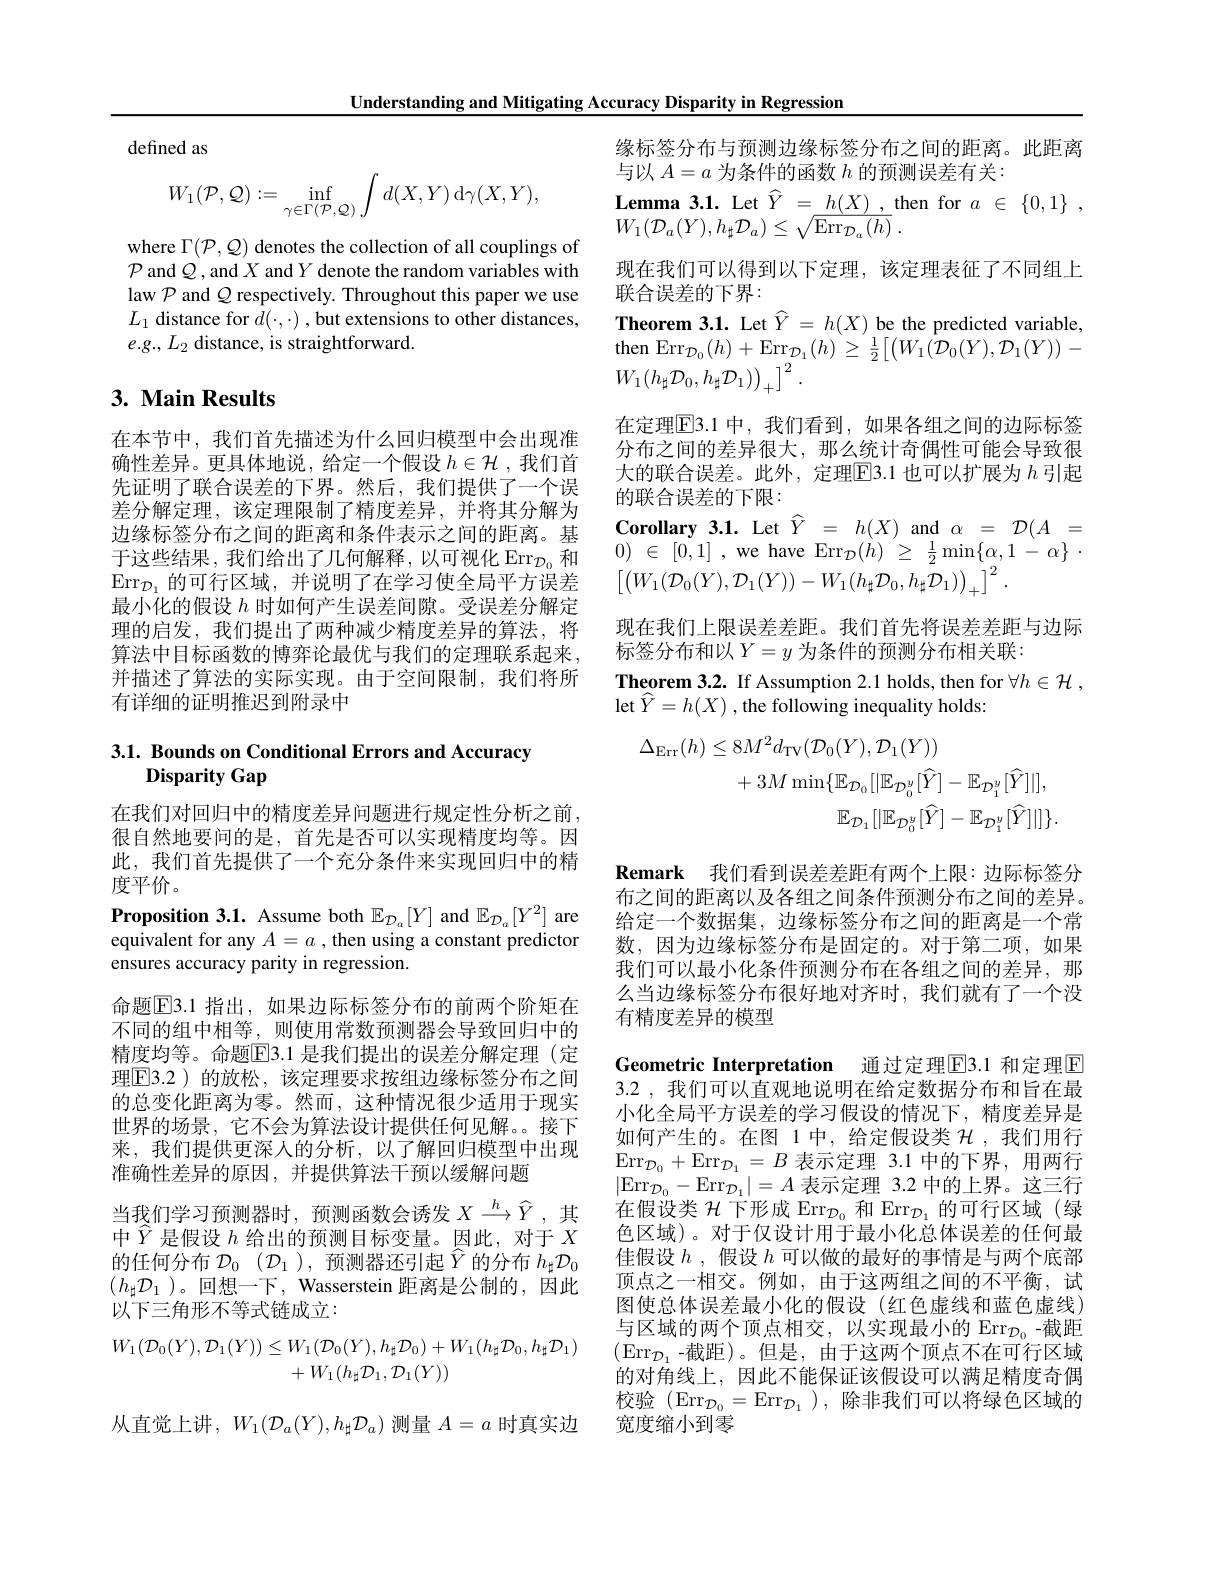
Understanding and Mitigating Accuracy Disparity in Regression

defined as
$$W_{1}(\mathcal{P},\mathcal{Q}):=\inf_{\gamma\in\Gamma(\mathcal{P},\mathcal{Q})}\int d(X,Y)\:\mathrm{d}\gamma(X,Y),$$
where $\Gamma(\mathcal{P},\mathcal{Q})$ denotes the collection of all couplings of $\mathcal{P}$ and $\mathcal{Q}$,and $X$ and $Y$ denote the random variables with law $\mathcal{P}$ and $\mathcal{Q}$ respectively. Throughout this paper we use $L_{1}$ distance for $d(\cdot,\cdot)$ , but extensions to other distances, $e.g.,L_2$ distance, is straightforward.

## 3. Main Results

在本节中，我们首先描述为什么回归模型中会出现准确性差异。更具体地说，给定一个假设$h\in\mathcal{H}$ ,我们首先证明了联合误差的下界。然后，我们提供了一个误差分解定理，该定理限制了精度差异，并将其分解为边缘标签分布之间的距离和条件表示之间的距离。基于这些结果，我们给出了几何解释，以可视化 Err$_{\mathcal{D}_0}$和$\mathrm{Err}_{\mathcal{D}_1}$的可行区域，并说明了在学习使全局平方误差最小化的假设$h$时如何产生误差间隙。受误差分解定理的启发，我们提出了两种减少精度差异的算法，将算法中目标函数的博弈论最优与我们的定理联系起来， 并描述了算法的实际实现。由于空间限制，我们将所有详细的证明推迟到附录中

# 3.1. Bounds on Conditional Errors and Accuracy Disparity Gap

在我们对回归中的精度差异问题进行规定性分析之前， 很自然地要问的是，首先是否可以实现精度均等。因此，我们首先提供了一个充分条件来实现回归中的精度平价。

Proposition 3.1. Assume both $\mathbb{E}_{\mathcal{D}_a}[Y]$ and $\mathbb{E}_{\mathcal{D}_a}[Y^2]$ are

equivalent for any $A=a$ , then using a constant predictor
ensures accuracy parity in regression.

命题$\overline{\mathrm{E}}$3.1 指出，如果边际标签分布的前两个阶矩在不同的组中相等，则使用常数预测器会导致回归中的精度均等。命题$\boxed{\mathrm{F}}3.1$ 是我们提出的误差分解定理(定理$\boxed{\mathrm{F3.2}}$)的放松，该定理要求按组边缘标签分布之间的总变化距离为零。然而，这种情况很少适用于现实世界的场景，它不会为算法设计提供任何见解。接下来，我们提供更深人的分析，以了解回归模型中出现准确性差异的原因，并提供算法干预以缓解问题
当我们学习预测器时，预测函数会诱发$X\xrightarrow{h}\hat{Y}$,其中$\hat{Y}$是假设$h$给出的预测目标变量。因此，对于$X$ 的任何分布$\mathcal{D} _0$ $( \mathcal{D} _1) $,预测器还引起$\widehat{Y}$的分布$h_\sharp\mathcal{D}_0$ $(h_\sharp\mathcal{D}_1$ )。回想一下，Wasserstein 距离是公制的，因此以下三角形不等式链成立：
$$\begin{aligned}W_1(\mathcal{D}_0(Y),\mathcal{D}_1(Y))&\leq W_1(\mathcal{D}_0(Y),h_\sharp\mathcal{D}_0)+W_1(h_\sharp\mathcal{D}_0,h_\sharp\mathcal{D}_1)\\&+W_1(h_\sharp\mathcal{D}_1,\mathcal{D}_1(Y))\end{aligned}$$
从直觉上讲，$W_1(\mathcal{D}_a(Y),h_\sharp\mathcal{D}_a)$测量$A=a$ 时真实边

$\begin{array}{l}{\mathbf{Lemma~3.1.~Let~}\hat{Y}~=~h(X)~,~\mathrm{then~for~}~a~\in~\{0,1\}~,}\\{W_1(\mathcal{D}_a(Y),h_\sharp\mathcal{D}_a)\leq\sqrt{\mathrm{Err}_{\mathcal{D}_a}(h)}~.}\end{array}$

缘标签分布与预测边缘标签分布之间的距离。此距离
与以$A=a$为条件的函数$h$的预测误差有关：
现在我们可以得到以下定理，该定理表征了不同组上
联合误差的下界：
Theorem 3.1. Let $\widehat{Y}=h(X)$ be the predicted variable, $\mathrm{then~Err}_{\mathcal{D}_{0}}(h)+\mathrm{Err}_{\mathcal{D}_{1}}(h)\geq\frac{1}{2}\bigl[\bigl(W_{1}(\tilde{\mathcal D}_{0}(Y),\mathcal{D}_{1}(Y)\bigr)-\bigr]$ $W_1(h_\sharp\mathcal{D}_0,h_\sharp\mathcal{D}_1)\Big)_+\Big]^2.$
在定理$\overline{\mathrm{E}}$3.1 中，我们看到，如果各组之间的边际标签分布之间的差异很大，那么统计奇偶性可能会导致很大的联合误差。此外，定理$\boxed{\mathrm{E}}3.1$也可以扩展为$h$引起的联合误差的下限：
$\begin{array}{rcl}\textbf{Corollary 3.1. Let}\begin{array}{rcl}{\widehat{Y}}&{=}&{h(X)}&{\mathrm{and}}&{\alpha}&{=}\\{0)}&{\in[0,1]}\end{array}\\\begin{array}{rcl}{0)}&{\in[0,1]}\end{array},\text{we have Err}_{\mathcal{D}}(h)\begin{array}{rcl}{\geq}&{\frac{1}{2}}{\operatorname*{min}\{\alpha,1-\alpha\}}\end{array}\end{array}$
$\left[\left(W_{1}(\mathcal{D}_{0}(Y),\mathcal{D}_{1}(Y))-W_{1}(h_{\sharp}\mathcal{D}_{0},h_{\sharp}\mathcal{D}_{1})\right)_{+}\right]^{2}$
现在我们上限误差差距。我们首先将误差差距与边际
标签分布和以 $Y=y$ 为条件的预测分布相关联：
Theorem 3.2. If Assumption 2.1 holds, then for $\forall h\in \mathcal{H}$ ,
$\operatorname*{let}\widehat{Y}=h(X)$ , the following inequality holds:
$$\begin{aligned}\Delta_{\mathrm{Err}}(h)&\leq8M^{2}d_{\mathrm{TV}}(\mathcal{D}_{0}(Y),\mathcal{D}_{1}(Y))\\&+3M\min\{\mathbb{E}_{\mathcal{D}_{0}}[|\mathbb{E}_{\mathcal{D}_{0}^{y}}[\widehat{Y}]-\mathbb{E}_{\mathcal{D}_{1}^{y}}[\widehat{Y}]|],\\&\mathbb{E}_{\mathcal{D}_{1}}[|\mathbb{E}_{\mathcal{D}_{0}^{y}}[\widehat{Y}]-\mathbb{E}_{\mathcal{D}_{1}^{y}}[\widehat{Y}]|]\}.\end{aligned}$$
Remark 我们看到误差差距有两个上限：边际标签分布之间的距离以及各组之间条件预测分布之间的差异。给定一个数据集，边缘标签分布之间的距离是一个常数，因为边缘标签分布是固定的。对于第二项，如果我们可以最小化条件预测分布在各组之间的差异，那么当边缘标签分布很好地对齐时，我们就有了一个没有精度差异的模型

## Geometric Interpretation 通过定理E3.1 和定理区3.2 ,我们可以直观地说明在给定数据分布和旨在最

小化全局平方误差的学习假设的情况下，精度差异是如何产生的。在图 1中，给定假设类$\mathcal{H}$ ,我们用行$\operatorname*{Err}_{\mathcal{D}_0}+\operatorname*{Err}_{\mathcal{D}_1}=B$表示定理 3.1 中的下界，用两行$|\mathrm{Err}_{\mathcal{D}_0}-\mathrm{Err}_{\mathcal{D}_1}|=A$表示定理 3.2 中的上界。这三行在假设类$\mathcal{H}\text{ 下形成 Err}_\mathcal{D}_0$和$\operatorname{Err}_\mathcal{D}_1$的可行区域 (绿色区域)。对于仅设计用于最小化总体误差的任何最佳假设$h$,假设$h$可以做的最好的事情是与两个底部顶点之一相交。例如，由于这两组之间的不平衡，试图使总体误差最小化的假设(红色虚线和蓝色虚线) 与区域的两个顶点相交，以实现最小的 Err$_{\mathcal{D}_0}$-截距$(\operatorname{Err}_{\mathcal{D}_1}$-截距)。但是，由于这两个顶点不在可行区域的对角线上，因此不能保证该假设可以满足精度奇偶校验(Err$_\mathcal{D}_0=\operatorname{Err}_{\mathcal{D}_1})$,除非我们可以将绿色区域的宽度缩小到零